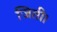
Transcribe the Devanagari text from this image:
जिती।